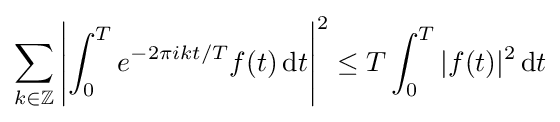
\sum _{k\in \mathbb {Z} }\left\vert \int _{0}^{T}e^{-2\pi ikt/T}f(t)\,\mathrm {d} t\right\vert ^{2}\leq T\int _{0}^{T}\vert f(t)\vert ^{2}\,\mathrm {d} t